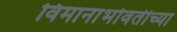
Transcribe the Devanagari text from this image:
विमानाभोवतीच्या